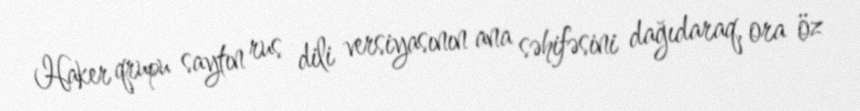
Haker qrupu saytın rus dili versiyasının ana səhifəsini dağıdaraq, ora öz